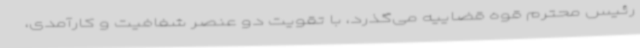
رئیس محترم قوه قضاییه می‌گذرد، با تقویت دو عنصر شفافیت و کارآمدی،